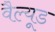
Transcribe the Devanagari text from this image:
वैल्यूड